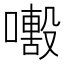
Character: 𡁒